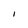
Character: l